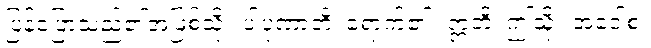
ပြန့်ပြောသည်၏အဖြစ်သို့။ ပါပုဏာတိ၊ ရောက်၏။ ဣတိ၊ ဤသို့။ အဝေါစ၊